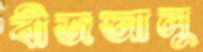
বীজআলু